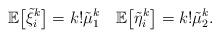
LaTeX: \begin{align*} \mathbb E \bigl[\tilde\xi_i^k\bigr]=k!\tilde\mu_1^k \quad \mathbb E \bigl[\tilde\eta_i^k\bigr]=k!\tilde\mu_2^k.\end{align*}